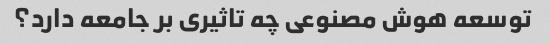
توسعه هوش مصنوعی چه تاثیری بر جامعه دارد؟